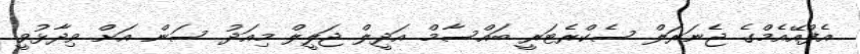
އެފްއޭއެމްގެ ޖެނަރަލް ސެކްރެޓަރީ ބައްސާމް އަދީލް ޖަލީލް މިއަދު ސަން އަށް ވިދާޅުވީ